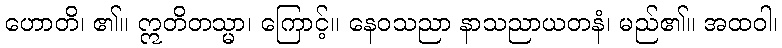
ဟောတိ၊ ၏။ ဣတိတသ္မာ၊ ကြောင့်။ နေဝသညာ နာသညာယတနံ၊ မည်၏။ အထဝါ၊